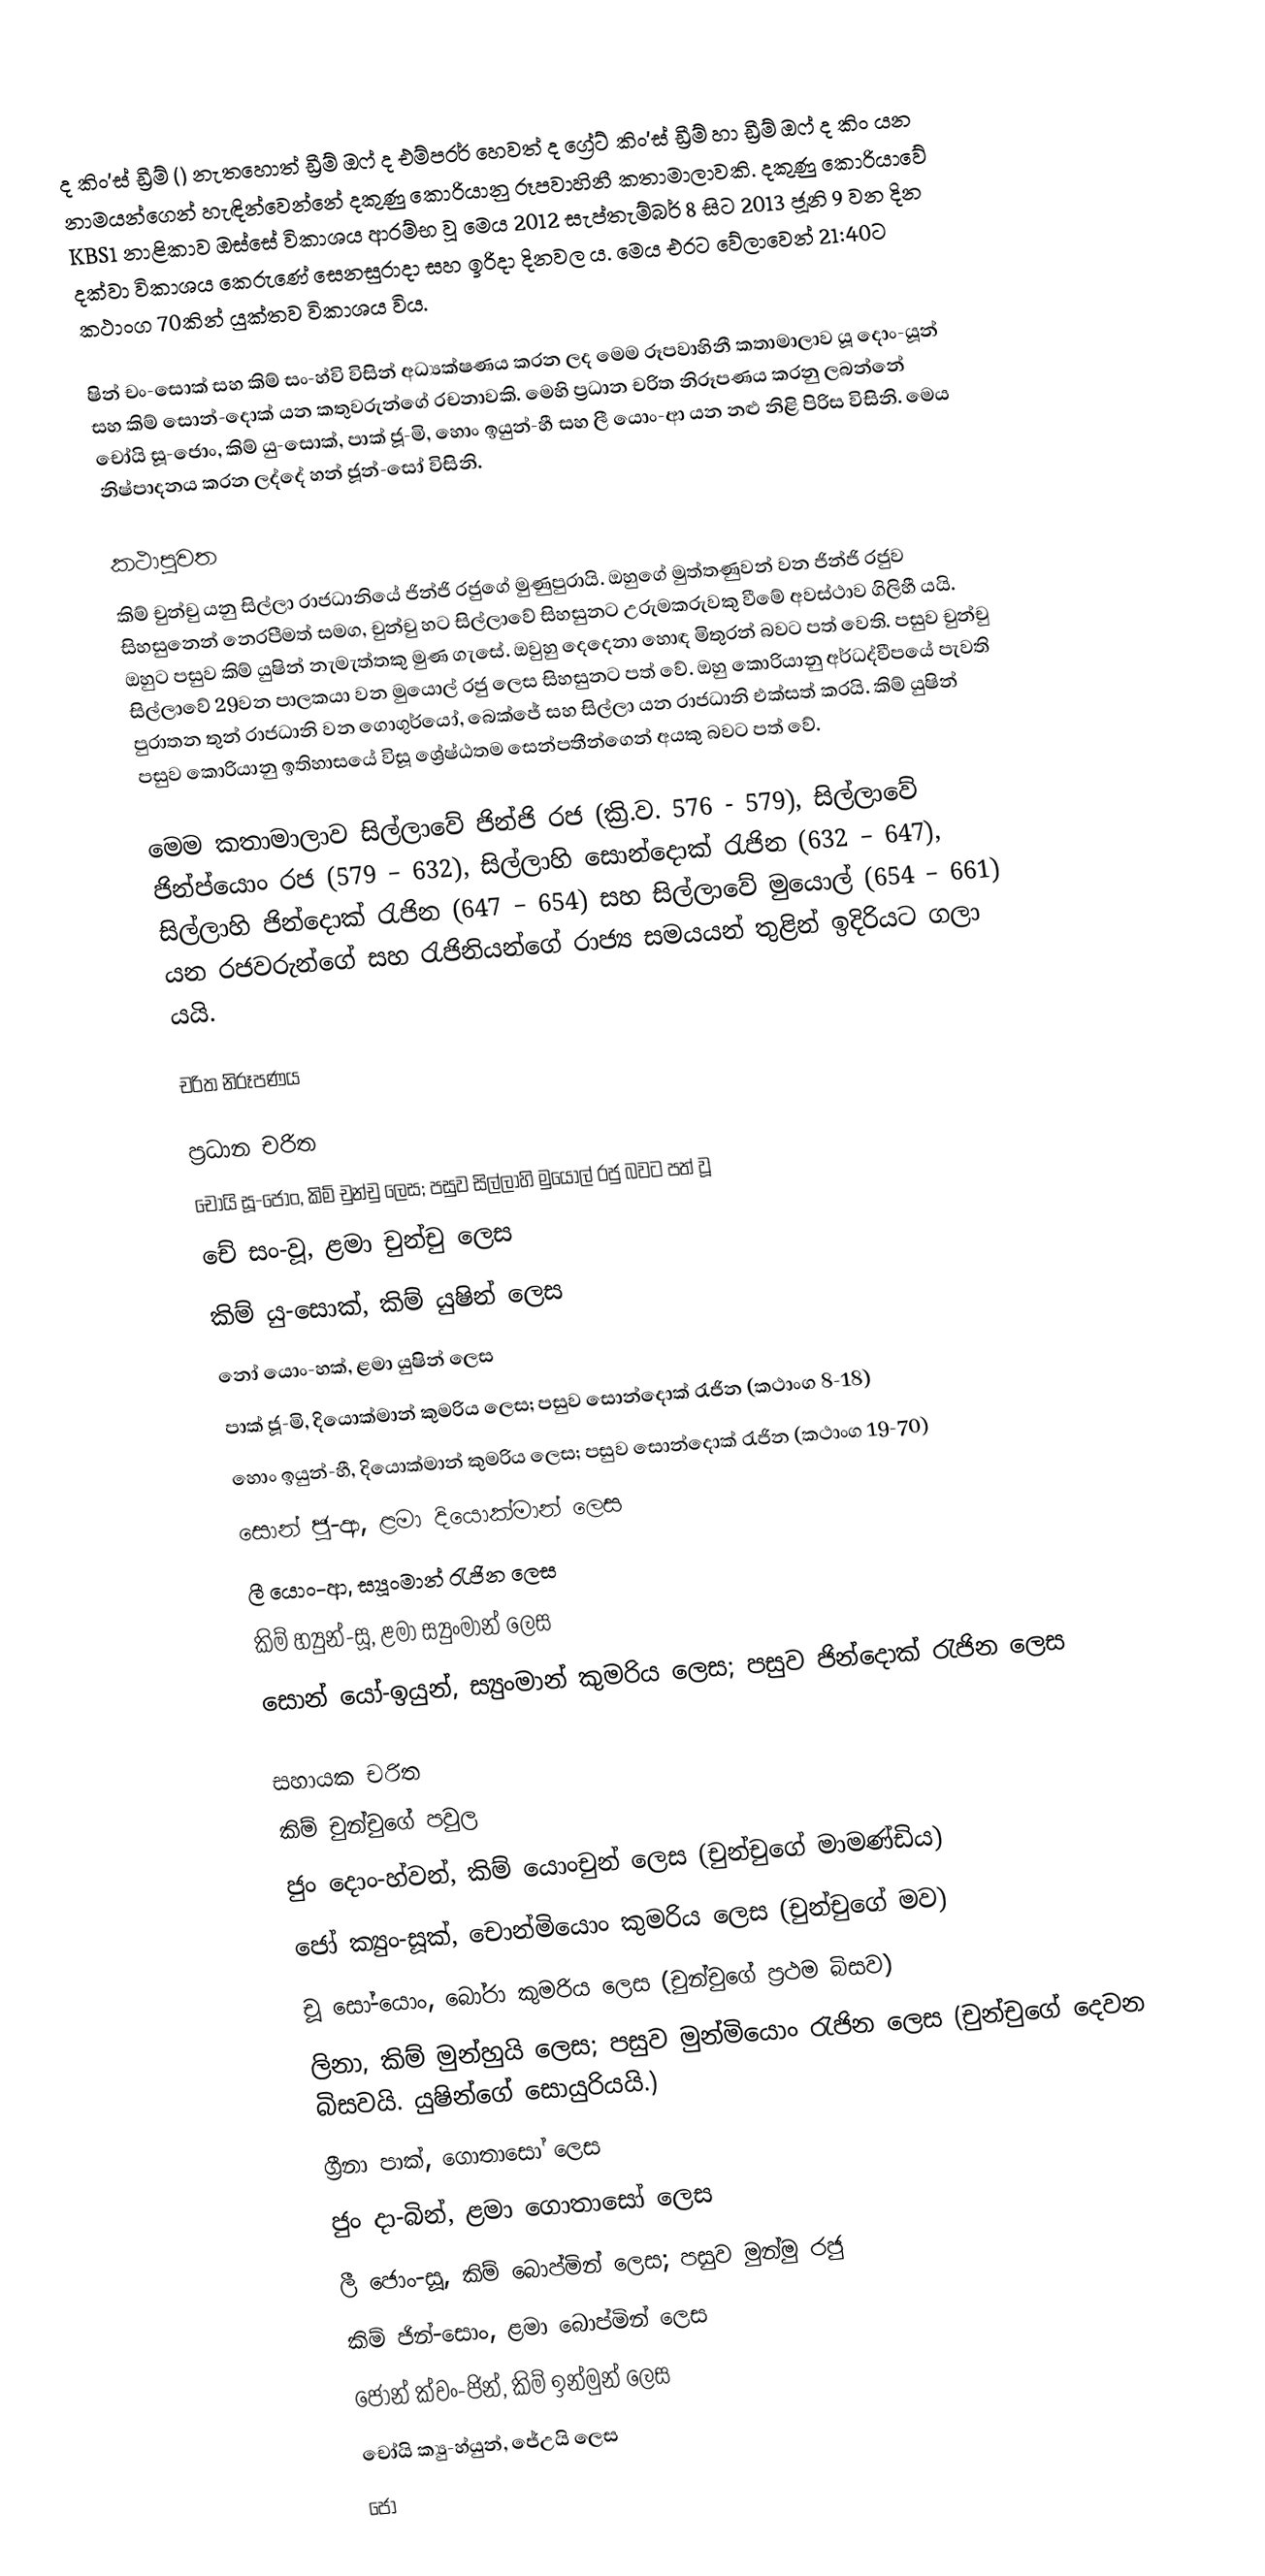
ද කිං'ස් ඩ්‍රීම් () නැතහොත් ඩ්‍රීම් ඔෆ් ද එම්පරර් හෙවත් ද‍ ග්‍රේට් කිං'ස් ඩ්‍රීම් හා ඩ්‍රීම් ඔෆ් ද කිං යන නාමයන්ගෙන් හැඳින්වෙන්නේ දකුණු කොරියානු රූපවාහිනී කතාමාලාවකි. දකුණු කොරියාවේ KBS1 නාළිකාව ඔස්සේ විකාශය ආරම්භ වූ මෙය 2012 සැප්තැම්බර් 8 සිට 2013 ජූනි 9 වන දින දක්වා විකාශය කෙරුණේ සෙනසුරාදා සහ ඉරිදා දිනවල ය. මෙය එරට වේලාවෙන් 21:40ට කථාංග 70කින් යුක්තව විකාශය විය.

ෂින් චං-සොක් සහ කිම් සං-හ්වි විසින් අධ්‍යක්ෂණය කරන ලද මෙම රූපවාහිනී කතාමාලාව යූ දොං-යූන් සහ කිම් සොන්-දොක් යන කතුවරුන්ගේ රචනාවකි. මෙහි ප්‍රධාන චරිත නිරූපණය කරනු ලබන්නේ චෝයි සූ-ජොං, කිම් යු-සොක්, පාක් ජූ-මි, හොං ඉයුන්-හී සහ ලී යොං-ආ යන නළු නිළි පිරිස විසිනි. මෙය නිෂ්පාදනය කරන ලද්දේ හන් ජූන්-සෝ විසිනි.

කථාපුවත
කිම් චුන්චු යනු සිල්ලා රාජධානියේ ජින්ජි රජුගේ මුණුපුරායි. ඔහුගේ මුත්තණුවන් වන ජින්ජි රජුව සිහසුනෙන් නෙරපීමත් සමග, චුන්චු හට සිල්ලාවේ සිහසුනට උරුමකරුවකු වීමේ අවස්ථාව ගිලිහී යයි. ඔහුට පසුව කිම් යුෂින් නැමැත්තකු මුණ ගැසේ. ඔවුහු දෙදෙනා හොඳ මිතුරන් බවට පත් වෙති. පසුව චුන්චු සිල්ලාවේ 29වන පාලකයා වන මුයොල් රජු ලෙස සිහසුනට පත් වේ. ඔහු කොරියා‍නු අර්ධද්වීපයේ පැවති පුරාතන තුන් රාජධානි වන ගොගුර්යෝ, බෙක්ජේ සහ සිල්ලා යන රාජධානි එක්සත් කරයි. කිම් යුෂින් පසුව කොරියානු ඉතිහාසයේ විසූ ශ්‍රේෂ්ඨතම සෙන්පතීන්ගෙන් අයකු බවට පත් වේ.

මෙම කතාමාලාව සිල්ලාවේ ජින්ජි රජ (ක්‍රි.ව. 576 - 579), සිල්ලාවේ ජින්ප්යොං රජ (579 – 632), සිල්ලාහි සොන්දොක් රැජින (632 – 647), සිල්ලාහි ජින්දොක් රැජින (647 – 654) සහ සිල්ලාවේ මුයොල් (654 – 661) යන රජවරුන්ගේ සහ රැජිනියන්ගේ රාජ්‍ය සමයයන් තුළින් ඉදිරියට ගලා යයි.

චරිත නිරූපණය

ප්‍රධාන චරිත
චෝයි සූ-ජොං, කිම් චුන්චු ලෙස; පසුව සිල්ලාහි මුයොල් රජු බවට පත් වූ
චේ සං-වූ, ළමා චුන්චු ලෙස
කිම් යු-සොක්, කිම් යුෂින් ලෙස
නෝ යොං-හක්, ළමා යුෂින් ලෙස
පාක් ජූ-මි, දියොක්මාන් කුමරිය ලෙස; පසුව සොන්දොක් රැජින (කථාංග 8-18)
හොං ඉයුන්-හී, දියොක්මාන් කුමරිය ලෙස; පසුව සොන්දොක් රැජින (කථාංග 19-70)
සොන් ජූ-ආ, ළමා දියොක්මාන් ලෙස
ලී යොං-ආ, ස්‍යූංමාන් රැජින ලෙස
කිම් හ්‍යුන්-සූ, ළමා ස්‍යුංමාන් ලෙස
සොන් යෝ-ඉයුන්, ස්‍යුංමාන් කුමරිය ලෙස; පසුව ජින්දොක් රැජින ලෙස

සහායක චරිත
කිම් චුන්චුගේ පවුල
ජුං දොං-හ්වන්, කිම් යොංචුන් ලෙස (චුන්චුගේ මාමණ්ඩිය)
ජෝ ක්‍යුං-සූක්, චොන්මියොං කුමරිය ලෙස (චුන්චුගේ මව)
චූ සෝ-යොං, බෝරා කුමරිය ලෙස (චුන්චුගේ ප්‍රථම බිසව)
ලිනා, කිම් මුන්හුයි ලෙස; පසුව මුන්මියොං රැජින ලෙස (චුන්චුගේ දෙවන බිසවයි. යුෂින්ගේ සොයුරියයි.)
ග්‍රීනා පාක්, ගොතාසෝ ලෙස
ජුං දා-බින්, ළමා ගොතාසෝ ලෙස
ලී ජොං-සූ, කිම් බොප්මින් ලෙස; පසුව මුන්මු රජු
කිම් ජින්-සොං, ළමා බොප්මින් ලෙස
ජොන් ක්වං-ජින්, කිම් ඉන්මුන් ලෙස
චෝයි ක්‍යු-හ්යුන්, ජේඋයි ලෙස
ජෝ